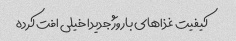
کیفیت غذاهای باروژ جدیدا خیلی افت کرده